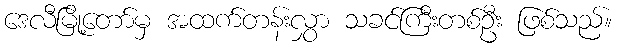
ဒေလီမြို့တော်မှ အထက်တန်းလွှာ သခင်ကြီးတစ်ဦး ဖြစ်သည်။